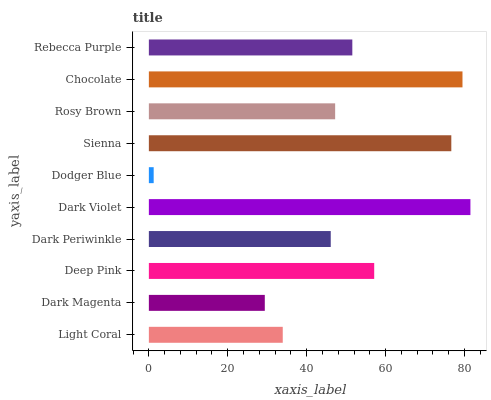
| yaxis_label | bars |
 | --- | --- |
 | Light Coral | 33.9 |
 | Dark Magenta | 29.4 |
 | Deep Pink | 57.1 |
 | Dark Periwinkle | 46.1 |
 | Dark Violet | 81.5 |
 | Dodger Blue | 1.22 |
 | Sienna | 76.7 |
 | Rosy Brown | 47.2 |
 | Chocolate | 79.5 |
 | Rebecca Purple | 51.6 |